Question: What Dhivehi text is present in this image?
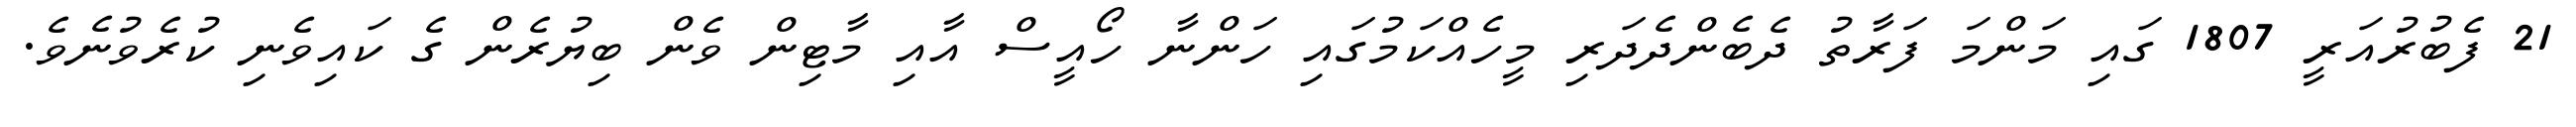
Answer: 21 ފެބުރުއަރީ 1807 ގައި މަންމަ ފަރާތު ދެބެންދެދަރި މީހެއްކަމުގައި ހަންނާ ހޯއީސް އާއި މާޓިން ވެން ބިޔުރެން ގެ ކައިވެނި ކުރެވުނެވެ.